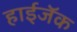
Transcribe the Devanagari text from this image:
हाईजॅक